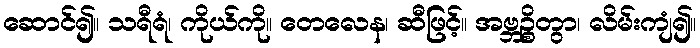
ဆောင်၍။ သရီရံ၊ ကိုယ်ကို။ တေလေန၊ ဆီဖြင့်။ အဗ္ဘဉ္စိတွာ၊ လိမ်းကျံ၍။